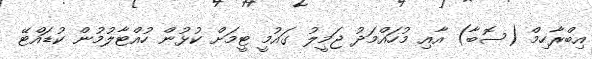
އިބްރާހިމް (ސޮބާ) އާއި މުހައްމަދު ޖަމީލު ގައުމީ ޓީމަށް ކުޅުން ހުއްޓާލުމުން ކުޑައްޓޭ